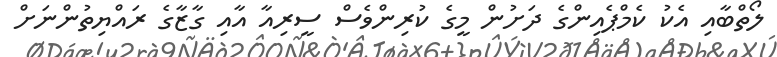
ލޯތްބާއި އެކު ކެމްޕެއިންގެ ދަށުން މީގެ ކުރިންވެސް ސީރިއާ އާއި ގާޒާގެ ރައްޔިތުންނަށް